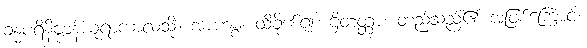
ခန္ဓပရိနိဗ္ဗာန်ယူရာကာလသို့။ အာဟစ္စ၊ ထိခိုက်၍။ ဌိတတ္တာ၊ တည်သည်၏ အဖြစ်ကြောင့်။